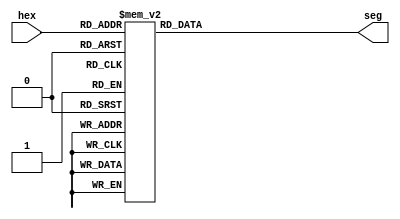
`timescale 1ns / 1ps
//////////////////////////////////////////////////////////////////////////////////
// Company: 
// Engineer: 
// 
// Design Name: 
// Module Name: sevenSegDecoder
// Project Name: 
// Target Devices: 
// Tool Versions: 
// Description: 
// 
// Dependencies: 
// 
// Revision:
// Revision 0.01 - File Created
// Additional Comments:
// 
//////////////////////////////////////////////////////////////////////////////////


module sevenSegDecoder(
    output reg [6:0] seg,
    input [3:0] hex
);
always @(hex)
    case (hex)
        4'b0000 : seg = 7'b1000000;   // 0
        4'b0001 : seg = 7'b1111001;   // 1
        4'b0010 : seg = 7'b0100100;   // 2
        4'b0011 : seg = 7'b0110000;   // 3
        4'b0100 : seg = 7'b0011001;   // 4
        4'b0101 : seg = 7'b0010010;   // 5
        4'b0110 : seg = 7'b0000010;   // 6
        4'b0111 : seg = 7'b1111000;   // 7
        4'b1000 : seg = 7'b0000000;   // 8
        4'b1001 : seg = 7'b0010000;   // 9
        4'b1010 : seg = 7'b0001000;   // A
        4'b1011 : seg = 7'b0000011;   // b
        4'b1100 : seg = 7'b1000110;   // C
        4'b1101 : seg = 7'b0100001;   // d
        4'b1110 : seg = 7'b0000110;   // E
        4'b1111 : seg = 7'b0001110;   // F
        default : seg = 7'b1110110;
    endcase
endmodule